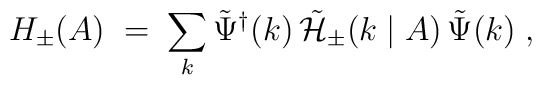
H_{\pm}(A) \;=\; \sum_{k} {\tilde{\Psi}}^{\dagger} (k)\,{\tilde{\cal H}}_{\pm} (k\mid A) \, {\tilde{\Psi}}(k)\;,